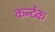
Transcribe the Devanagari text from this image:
कर्न्टक